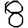
Digit: 8